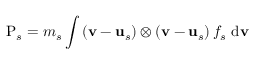
\mathrm { P } _ { s } = m _ { s } \int \left( \mathbf { v } - \mathbf { u } _ { s } \right) \otimes \left( \mathbf { v } - \mathbf { u } _ { s } \right) f _ { s } \mathrm { ~ d } \mathbf { v }